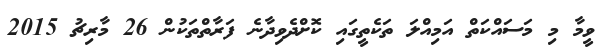
ވީމާ މި މަސައްކަތް އަމިއްލަ ތަކެތީގައި ކޮށްދެވިދާނެ ފަރާތްތަކުން 26 މާރިޗު 2015